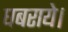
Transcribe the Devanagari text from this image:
घबराये।